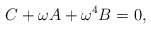
\begin{align*}C+\omega A + \omega^4 B=0,\end{align*}